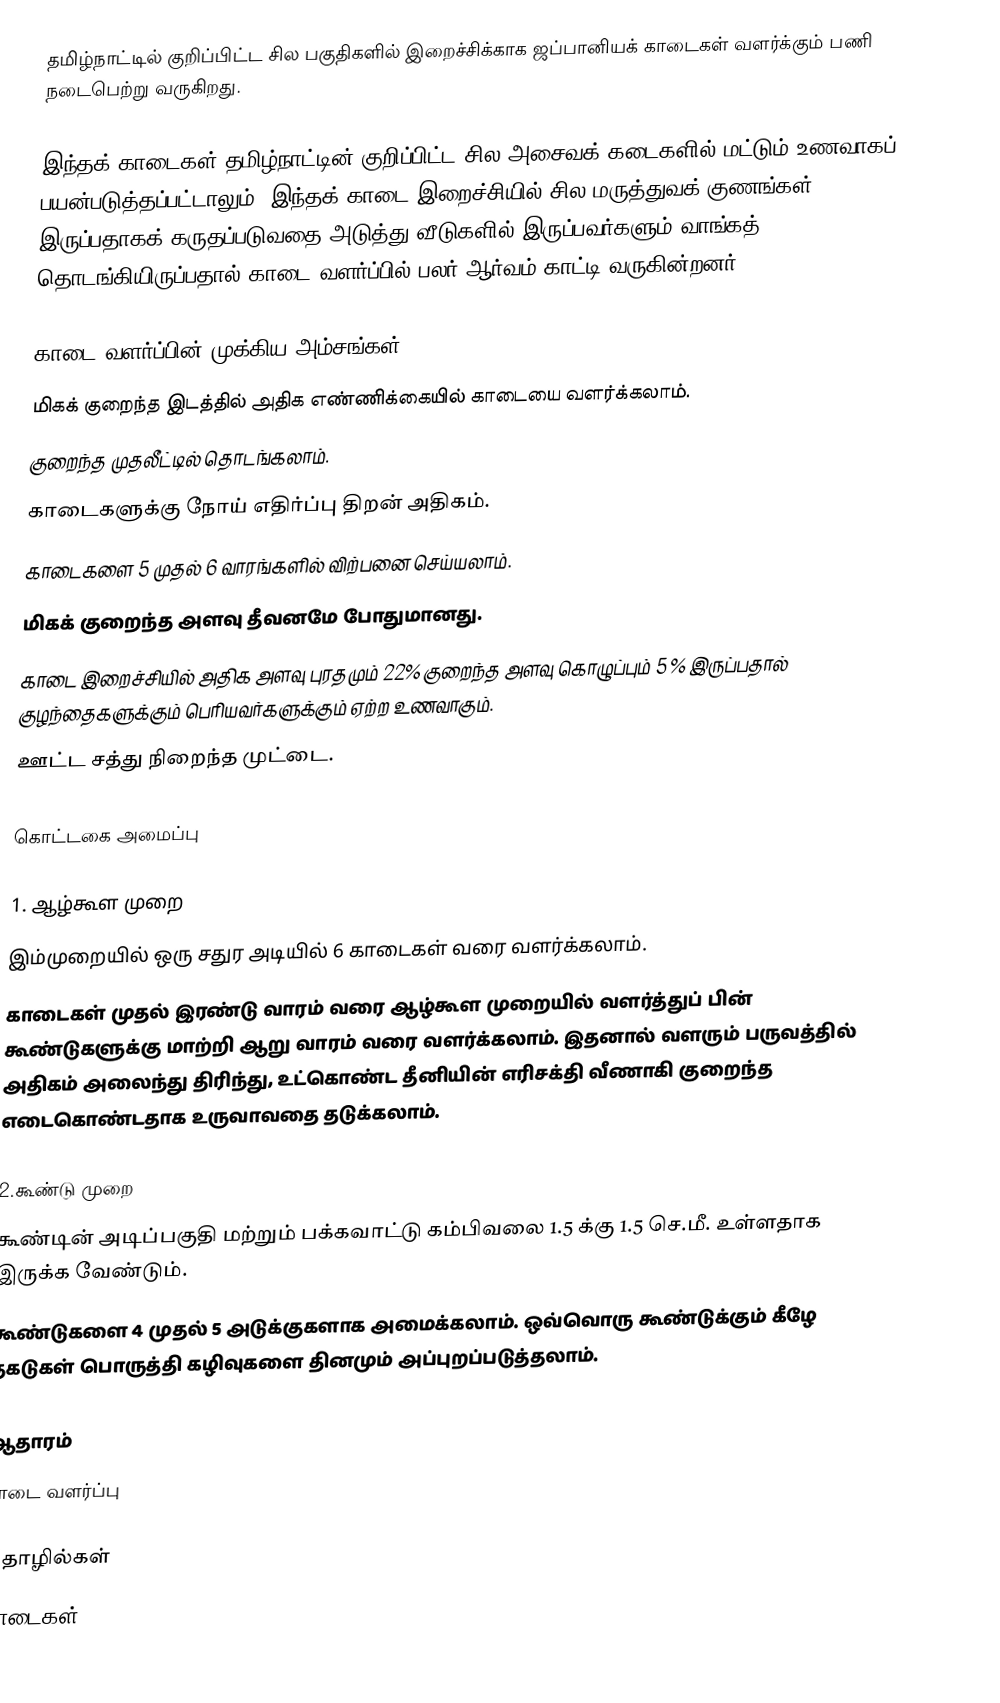
தமிழ்நாட்டில் குறிப்பிட்ட சில பகுதிகளில் இறைச்சிக்காக ஜப்பானியக் காடைகள் வளர்க்கும் பணி நடைபெற்று வருகிறது.

இந்தக் காடைகள் தமிழ்நாட்டின் குறிப்பிட்ட சில அசைவக் கடைகளில் மட்டும் உணவாகப் பயன்படுத்தப்பட்டாலும், இந்தக் காடை இறைச்சியில் சில மருத்துவக் குணங்கள் இருப்பதாகக் கருதப்படுவதை அடுத்து வீடுகளில் இருப்பவர்களும் வாங்கத் தொடங்கியிருப்பதால் காடை வளர்ப்பில் பலர் ஆர்வம் காட்டி வருகின்றனர்.

காடை வளர்ப்பின் முக்கிய அம்சங்கள்
மிகக் குறைந்த இடத்தில் அதிக எண்ணிக்கையில் காடையை வளர்க்கலாம்.
குறைந்த முதலீட்டில் தொடங்கலாம்.
காடைகளுக்கு நோய் எதிர்ப்பு திறன் அதிகம்.
காடைகளை 5 முதல் 6 வாரங்களில் விற்பனை செய்யலாம்.
மிகக் குறைந்த அளவு தீவனமே போதுமானது.
காடை இறைச்சியில் அதிக அளவு புரதமும் 22% குறைந்த அளவு கொழுப்பும் 5 % இருப்பதால் குழந்தைகளுக்கும் பெரியவர்களுக்கும் ஏற்ற உணவாகும்.
ஊட்ட சத்து நிறைந்த முட்டை.

கொட்டகை அமைப்பு

1. ஆழ்கூள முறை
இம்முறையில் ஒரு சதுர அடியில் 6 காடைகள் வரை வளர்க்கலாம்.
காடைகள் முதல் இரண்டு வாரம் வரை ஆழ்கூள முறையில் வளர்த்துப் பின் கூண்டுகளுக்கு மாற்றி ஆறு வாரம் வரை வளர்க்கலாம். இதனால் வளரும் பருவத்தில் அதிகம் அலைந்து திரிந்து, உட்கொண்ட தீனியின் எரிசக்தி வீணாகி குறைந்த எடைகொண்டதாக உருவாவதை தடுக்கலாம்.

2.கூண்டு முறை
கூண்டின் அடிப்பகுதி மற்றும் பக்கவாட்டு கம்பிவலை 1.5 க்கு 1.5 செ.மீ. உள்ளதாக இருக்க வேண்டும்.
கூண்டுகளை 4 முதல் 5 அடுக்குகளாக அமைக்கலாம். ஒவ்வொரு கூண்டுக்கும் கீழே தகடுகள் பொருத்தி கழிவுகளை தினமும் அப்புறப்படுத்தலாம்.

ஆதாரம்
காடை வளர்ப்பு

 தொழில்கள்
காடைகள்